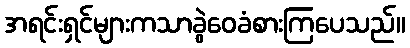
အရင်းရှင်များကသာခွဲဝေခံစားကြပေသည်။